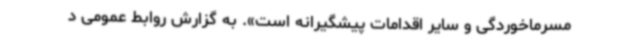
مسرماخوردگی و سایر اقدامات پیشگیرانه است». به گزارش روابط عمومی د